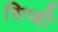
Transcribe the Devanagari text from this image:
सिम्ब्री